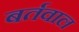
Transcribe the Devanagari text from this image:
बर्तवाल